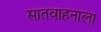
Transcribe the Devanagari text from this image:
सातवाहनाला